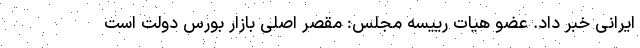
ایرانی خبر داد. عضو هیات رییسه مجلس: مقصر اصلی بازار بورس دولت است